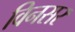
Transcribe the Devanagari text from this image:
विनसर